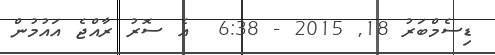
ޑިސެމްބަރު 18